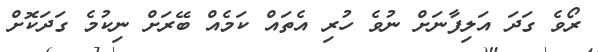
ރޯވެ ގަދަ އަލިފާނަށް ނުވެ ހުރި އެތައް ކަމެއް ބޭރަށް ނިކުމެ ގަދަކޮށް